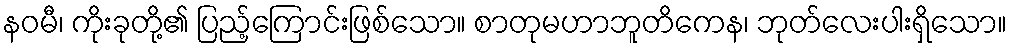
နဝမီ၊ ကိုးခုတို့၏ ပြည့်ကြောင်းဖြစ်သော။ စာတုမဟာဘူတိကေန၊ ဘုတ်လေးပါးရှိသော။